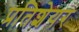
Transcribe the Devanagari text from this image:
प्रतिशेयर